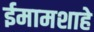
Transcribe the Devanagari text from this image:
ईमामशाहे